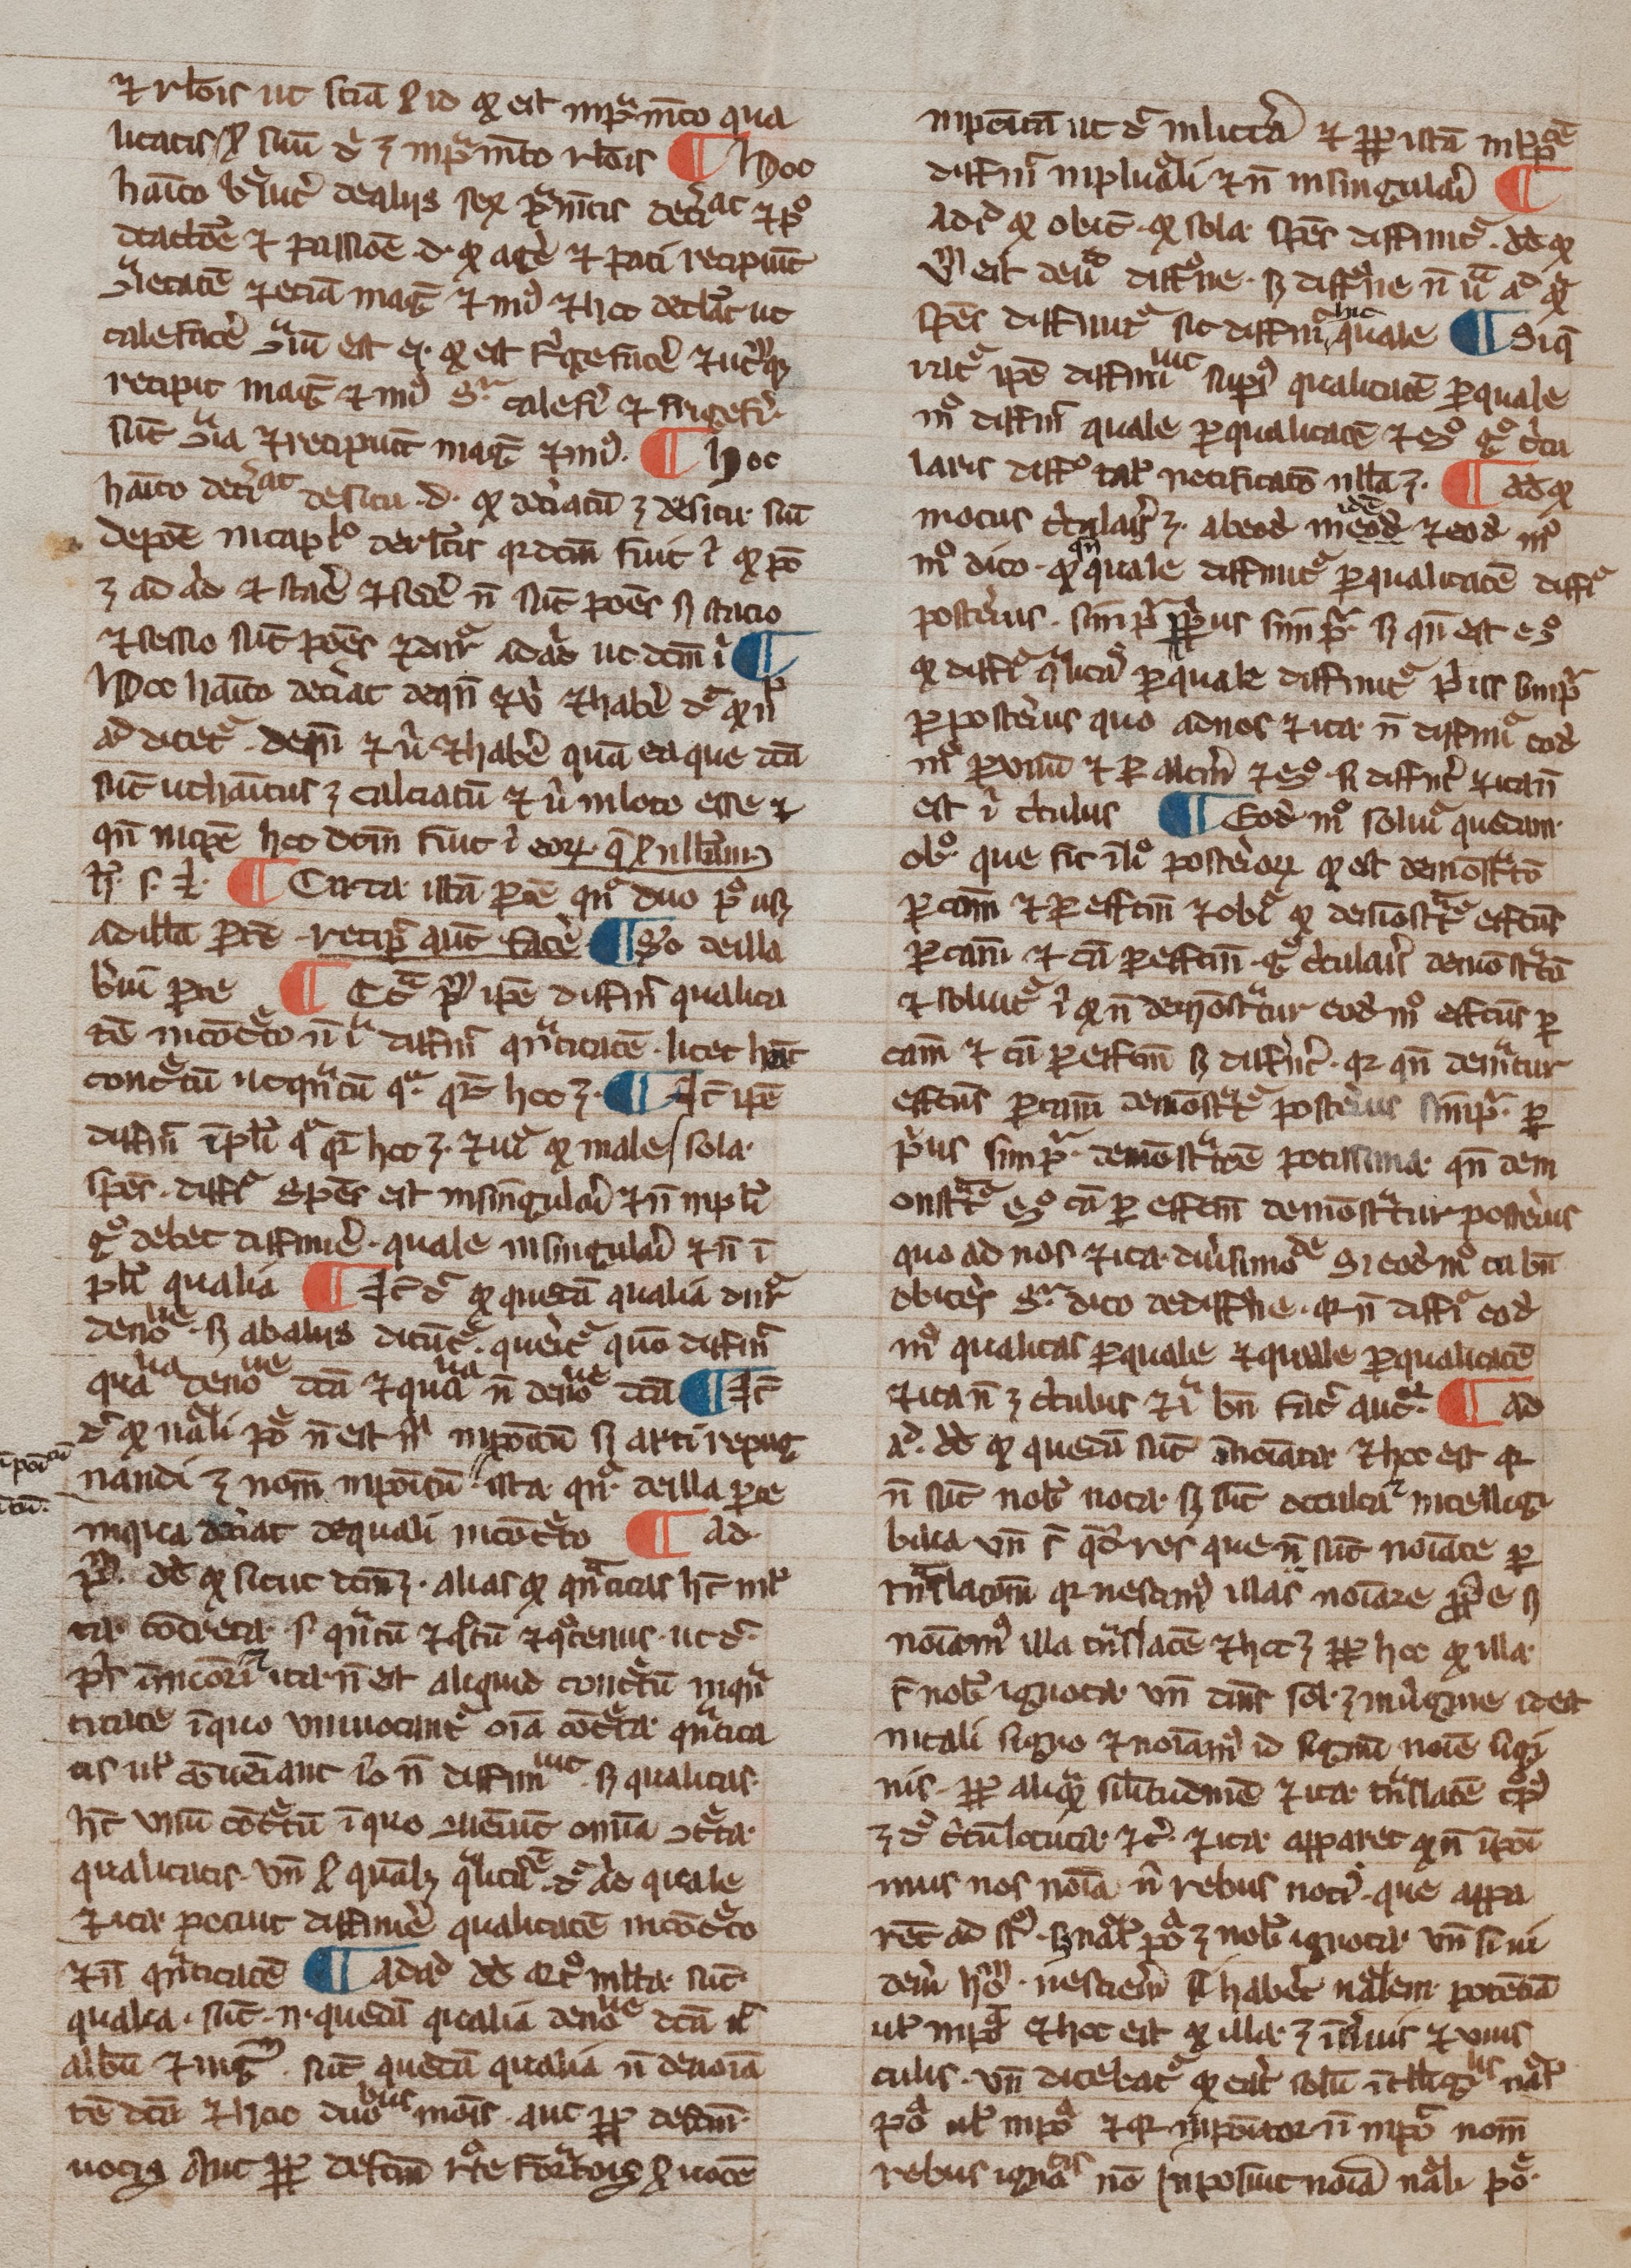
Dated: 1200–1399